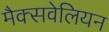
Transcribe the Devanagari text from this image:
मैक्सवेलियन